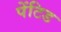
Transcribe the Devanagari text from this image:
पेंटिड